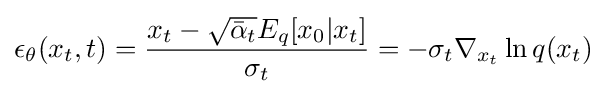
\epsilon _{\theta }(x_{t},t)={\frac {x_{t}-{\sqrt {{\bar {\alpha }}_{t}}}E_{q}[x_{0}|x_{t}]}{\sigma _{t}}}=-\sigma _{t}\nabla _{x_{t}}\ln q(x_{t})